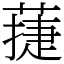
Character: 蓵